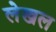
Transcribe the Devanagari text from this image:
लेखल